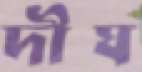
দীঘ